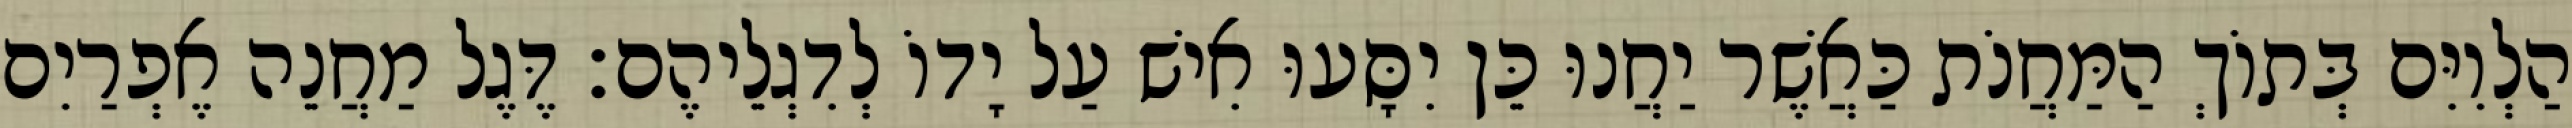
הַלְוִיִּם בְּתוֹךְ הַמַּחֲנֹת כַּאֲשֶׁר יַחֲנוּ כֵּן יִסָּעוּ אִישׁ עַל יָדוֹ לְדִגְלֵיהֶם׃ דֶּגֶל מַחֲנֵה אֶפְרַיִם